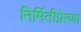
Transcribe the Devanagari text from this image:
निर्मितीप्रेरणा